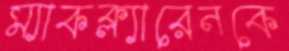
ম্যাকক্ল্যারেনকে